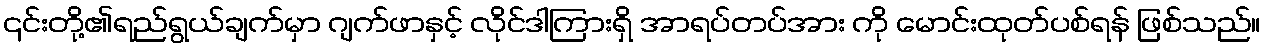
၎င်းတို့၏ရည်ရွယ်ချက်မှာ ဂျက်ဖာနှင့် လိုင်ဒါကြားရှိ အာရပ်တပ်အား ကို မောင်းထုတ်ပစ်ရန် ဖြစ်သည်။